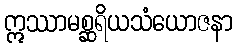
ဣဿာမစ္ဆရိယသံယောဇနာ